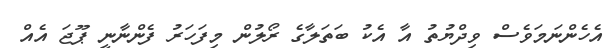
އެހެންނަމަވެސް ވިދްޔުތު އާ އެކު ބަތަލާގެ ރޯލުން މިފަހަރު ފެންނާނީ ޕޫޖަ އެއް